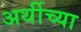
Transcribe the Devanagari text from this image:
अर्थीच्या